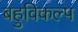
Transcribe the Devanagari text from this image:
बहुविकल्प